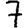
Digit: 7